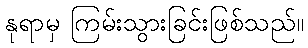
နုရာမှ ကြမ်းသွားခြင်းဖြစ်သည်။